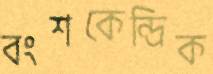
বংশকেন্দ্রিক